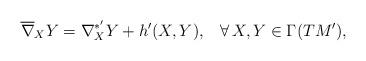
LaTeX: \begin{align*} \overline{\nabla}_{X}Y=\nabla^{*'}_{X}Y+h'(X,Y), \;\;\; \forall\, X,Y\in\Gamma(TM'),\end{align*}